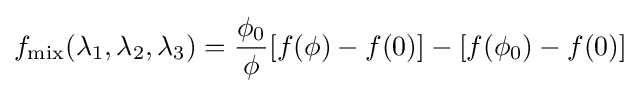
f_{\text{mix}}(\lambda _{1},\lambda _{2},\lambda _{3})={\frac {\phi _{0}}{\phi }}[f(\phi )-f(0)]-[f(\phi _{0})-f(0)]